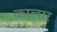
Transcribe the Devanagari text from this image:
काल्मर